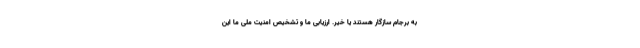
به برجام سازگار هستند یا خیر. ارزیابی ما و تشخیص امنیت ملی ما این